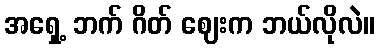
အရှေ့ ဘက် ဂိတ် ဈေးက ဘယ်လိုလဲ။